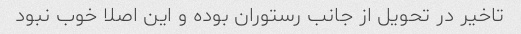
تاخیر در تحویل از جانب رستوران بوده و این اصلا خوب نبود